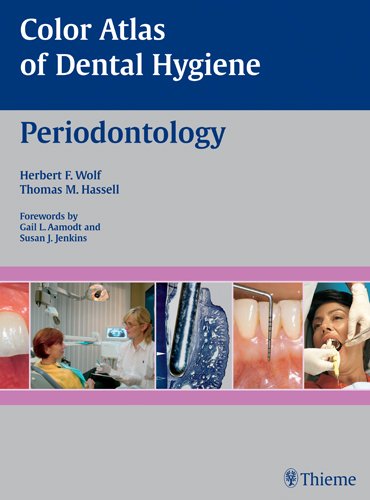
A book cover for Color Atlas of Dental Hygiene: Periodontology; Herbert F. Wolf; Medical Books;